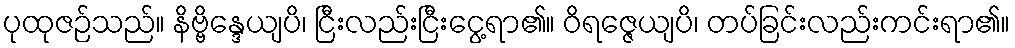
ပုထုဇဉ်သည်။ နိဗ္ဗိန္ဒေယျပိ၊ ငြီးလည်းငြီးငွေ့ရာ၏။ ဝိရဇ္ဇေယျပိ၊ တပ်ခြင်းလည်းကင်းရာ၏။